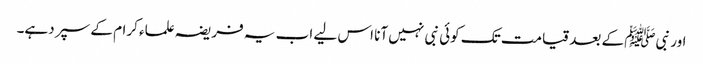
اور نبیﷺ کے بعد قیامت تک کوئی نبی نہیں آنا اس لیے اب یہ فریضہ علماء کرام کے سپر دہے۔